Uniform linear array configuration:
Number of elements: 8
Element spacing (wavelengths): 1
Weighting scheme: hann
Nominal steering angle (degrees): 45
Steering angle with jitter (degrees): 46.514
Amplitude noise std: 0.05
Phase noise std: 0.05

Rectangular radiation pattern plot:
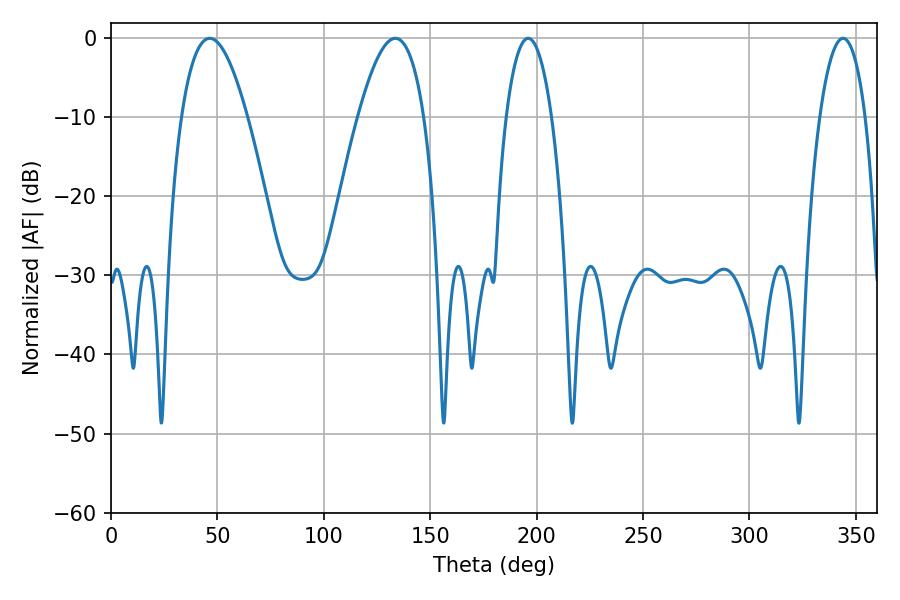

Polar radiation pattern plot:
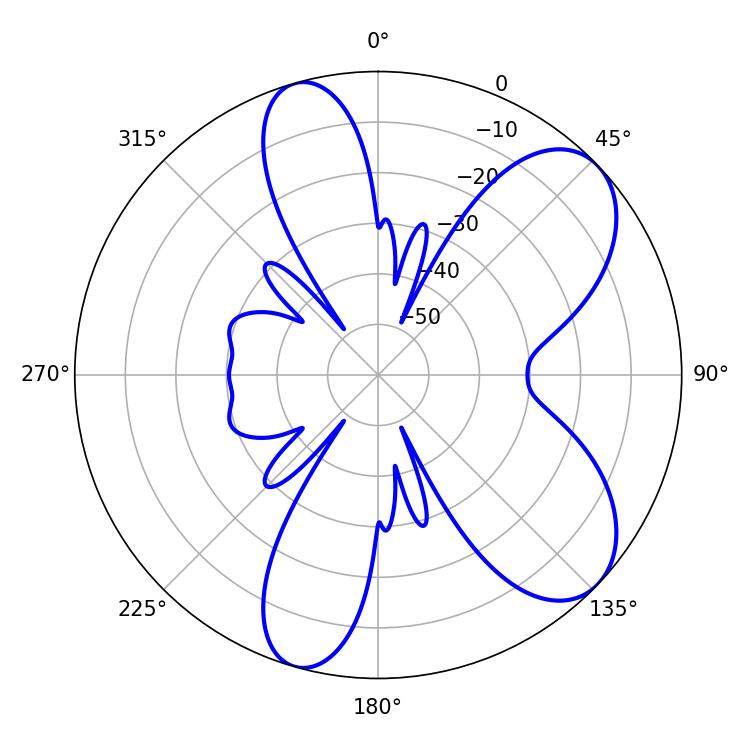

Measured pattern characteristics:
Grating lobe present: TRUE
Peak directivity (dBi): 7.638
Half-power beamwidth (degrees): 12.06
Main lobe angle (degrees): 196.02